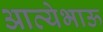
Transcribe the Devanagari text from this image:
आत्येभाऊ